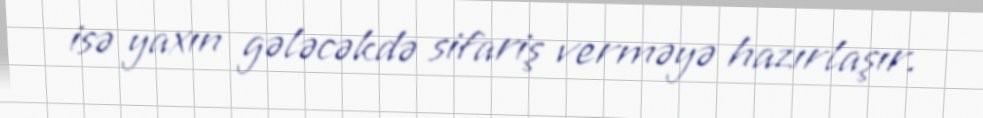
isə yaxın gələcəkdə sifariş verməyə hazırlaşır.